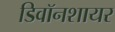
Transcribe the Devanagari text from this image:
डिवॉनशायर